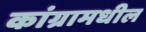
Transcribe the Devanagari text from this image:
कांग्रामधील